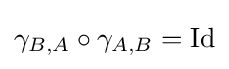
\gamma _{B,A}\circ \gamma _{A,B}={\text{Id}}